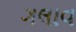
ગલાવ